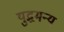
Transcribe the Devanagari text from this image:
युद्धमन्य